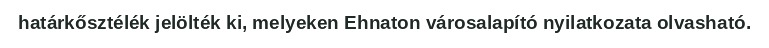
határkősztélék jelölték ki, melyeken Ehnaton városalapító nyilatkozata olvasható.